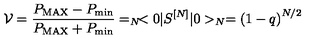
{ \cal V } = \frac { P _ { \mathrm { M A X } } - P _ { \mathrm { m i n } } } { P _ { \mathrm { M A X } } + P _ { \mathrm { m i n } } } = _ { N } \! < 0 \vert S ^ { [ N ] } \vert 0 > _ { N } = \left( 1 - q \right) ^ { N / 2 }